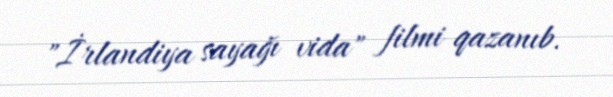
"İrlandiya sayağı vida" filmi qazanıb.